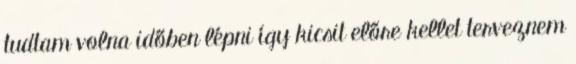
tudtam volna időben lépni így kicsit előre kellet terveznem